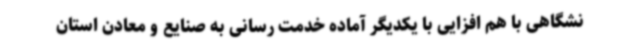
نشگاهی با هم افزایی با یکدیگر آماده خدمت رسانی به صنایع و معادن استان